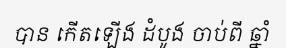
បាន កើតឡើង ដំបូង ចាប់ពី ឆ្នាំ